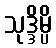
သုဒ္ဒိမ္ပိ